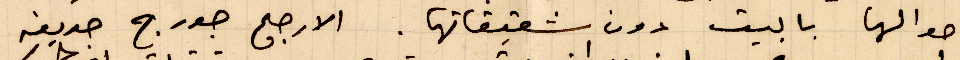
احوالها بالبيت دون شقيقاتها. الأرجح جورج حديفه